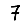
Digit: 7